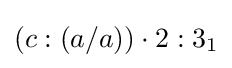
(c:(a/a))\cdot 2:3_{1}